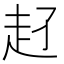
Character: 𧺖